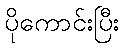
ပိုကောင်းပြီး